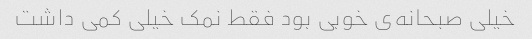
خیلی صبحانه‌ی خوبی بود فقط نمک خیلی کمی داشت